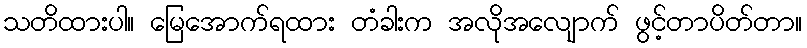
သတိထားပါ။ မြေအောက်ရထား တံခါးက အလိုအလျောက် ဖွင့်တာပိတ်တာ။